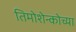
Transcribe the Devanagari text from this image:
तिमोशेन्कोच्या